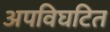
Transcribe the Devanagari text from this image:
अपविघटित